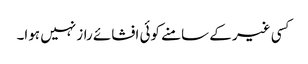
کسی غیر کے سامنے کوئی افشائے راز نہیں ہوا۔